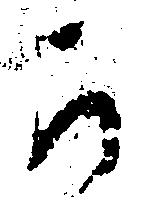
か